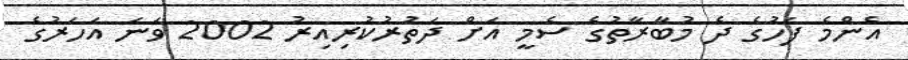
އެންމެ ފަހުގެ ދެ މުބާރާތުގެ ސެމީ އަށް ދަތުރުކުރިއިރު 2002 ވަނަ އަހަރުގެ